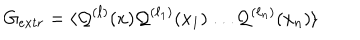
LaTeX: G _ { e x t r } = \langle { \cal Q } ^ { ( \ell ) } ( x ) { \cal Q } ^ { ( \ell _ { 1 } ) } ( x _ { 1 } ) \ldots { \cal Q } ^ { ( \ell _ { n } ) } ( x _ { n } ) \rangle